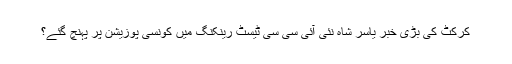
کرکٹ کی بڑی خبر یاسر شاہ نئی آئی سی سی ٹیسٹ رینکنگ میں کونسی پوزیشن پر پہنچ گئے؟